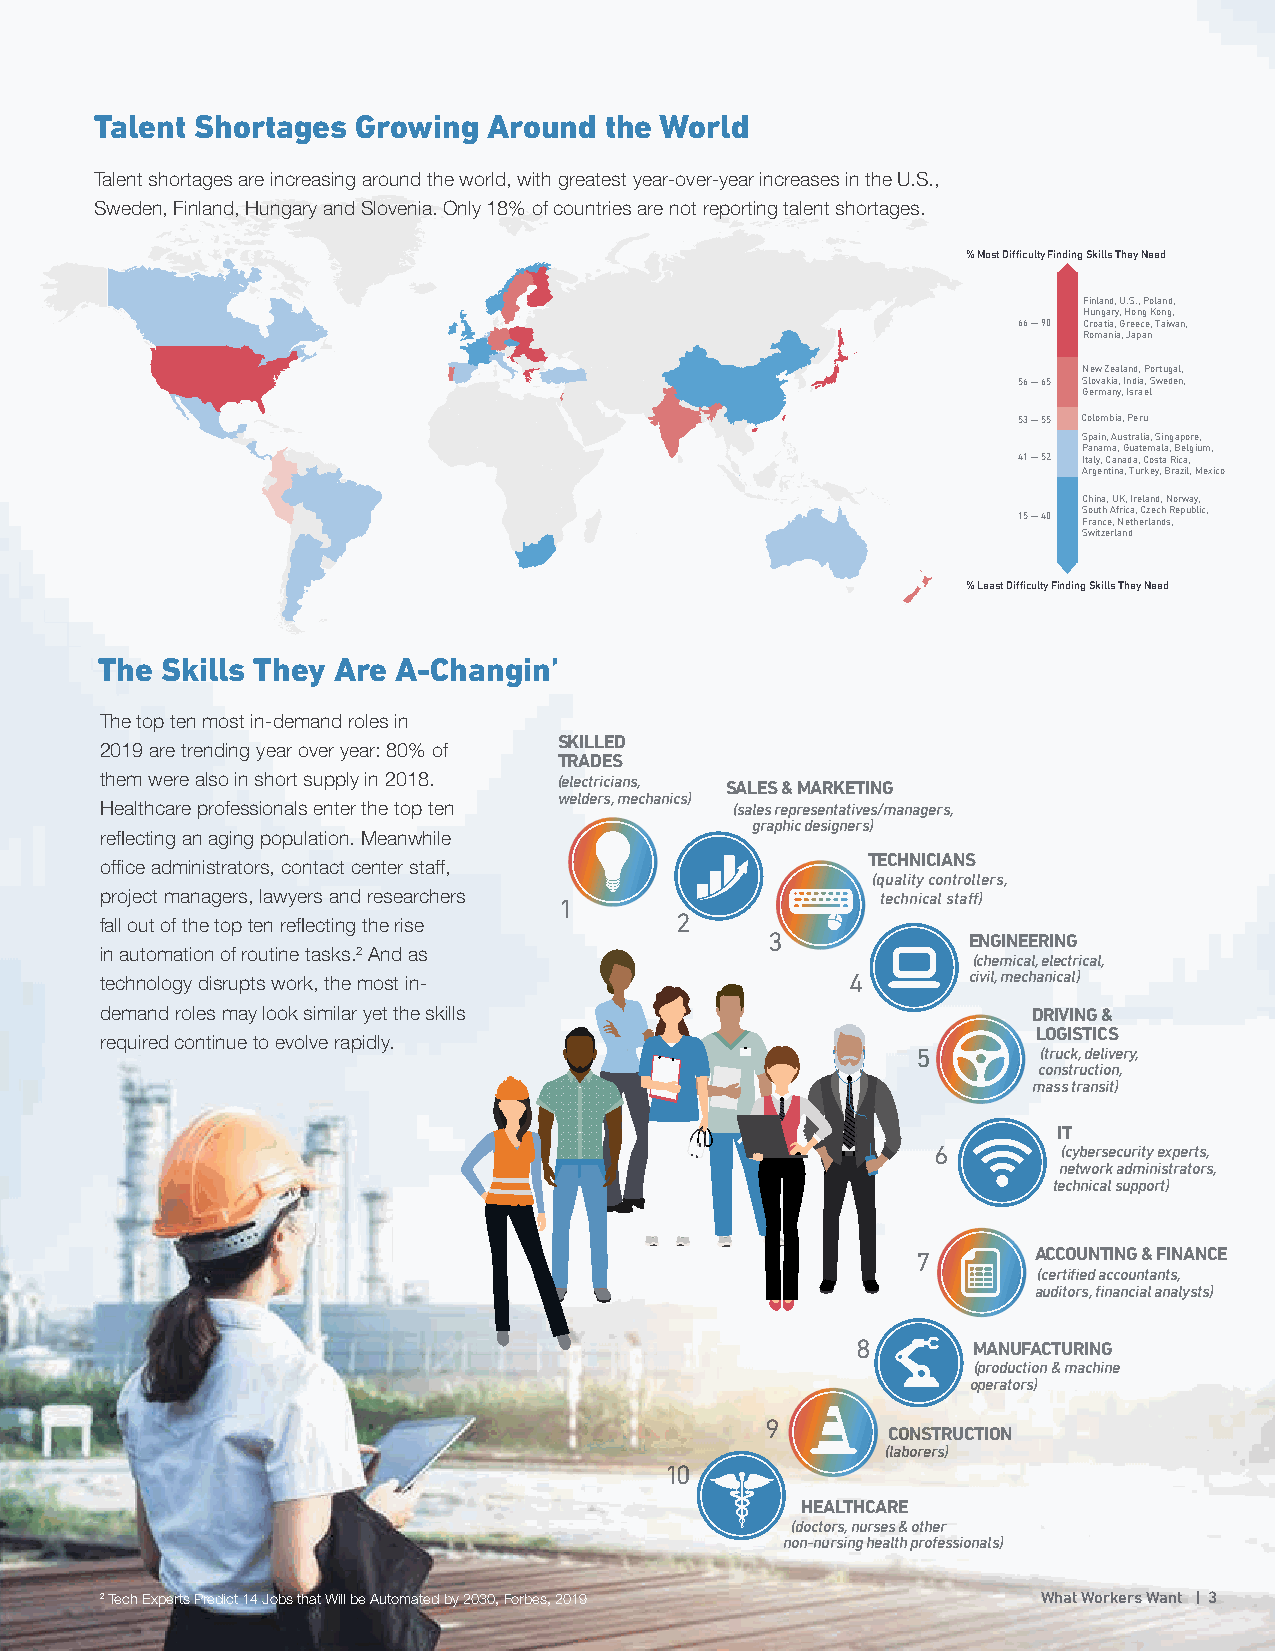
Talent Shortages  Growing Around  the World
 Talent shortages are increasing around the world, with greatest year-over-year increases in the U.S.,
 Sweden, Finland, Hungary and Slovenia. Only 18% of countries are not reporting talent shortages.
 % Most Difficulty Finding Skills They Need
 Finland, U.S., Poland,
 Hungary, Hong Kong,
 66 — 90 Croatia, Greece, Taiwan,
 Romania, Japan
 New Zealand, Portugal,
 56 — 65 Slovakia, India, Sweden,
 Germany, Israel
 53 — 55 Colombia, Peru
 Spain, Australia, Singapore,
 Panama, Guatemala, Belgium,
 41 — 52 Italy, Canada, Costa Rica,
 Argentina, Turkey, Brazil, Mexico
 China, UK, Ireland, Norway,
 15 — 40 S Fro au nth c eA , f Nri ec ta h, eC rz lae nch d sR , epublic,
 Switzerland
 % Least Difficulty Finding Skills They Need
 The  Skills They Are A-Changin’
 The top ten most in-demand roles in
 SKILLED
 2019 are trending year over year: 80% of
 TRADES
 them were also in short supply in 2018. (electricians, SALES & MARKETING
 welders, mechanics)
 Healthcare professionals enter the top ten (sales representatives/managers,
 graphic designers)
 reflecting an aging population. Meanwhile
 TECHNICIANS
 office administrators, contact center staff,
 (quality controllers,
 project managers, lawyers and researchers 1        technical staff)
 2
 fall out of the top ten reflecting the rise
 3            ENGINEERING
 in automation of routine tasks.2 And as
 (chemical, electrical,
 technology disrupts work, the most in-           4    1  civil, mechanical)
 demand roles may look similar yet the skills                 DRIVING &
 LOGISTICS
 required continue to evolve rapidly.
 5       (truck, delivery,
 construction,
 mass transit)
 IT
 6       (cybersecurity experts,
 network administrators,
 technical support)
 7       ACCOUNTING & FINANCE
 (certified accountants,
 auditors, financial analysts)
 8      MANUFACTURING
 (production & machine
 operators)
 9
 CONSTRUCTION
 (laborers)
 10
 HEALTHCARE
 (doctors, nurses & other
 non-nursing health professionals)
 2 Tech Experts Predict 14 Jobs that Will be Automated by 2030, Forbes, 2019 What Workers Want | 3